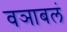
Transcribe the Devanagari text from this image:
वञाबलं